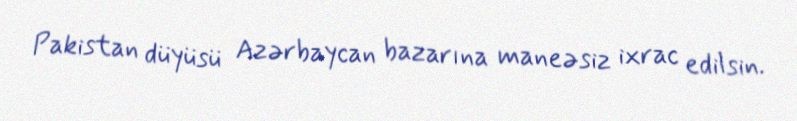
Pakistan düyüsü Azərbaycan bazarına maneəsiz ixrac edilsin.